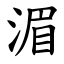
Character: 湄